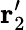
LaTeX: \mathbf{r}_{2}^{\prime}